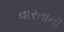
વારતાની